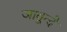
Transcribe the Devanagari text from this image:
जावून्दे